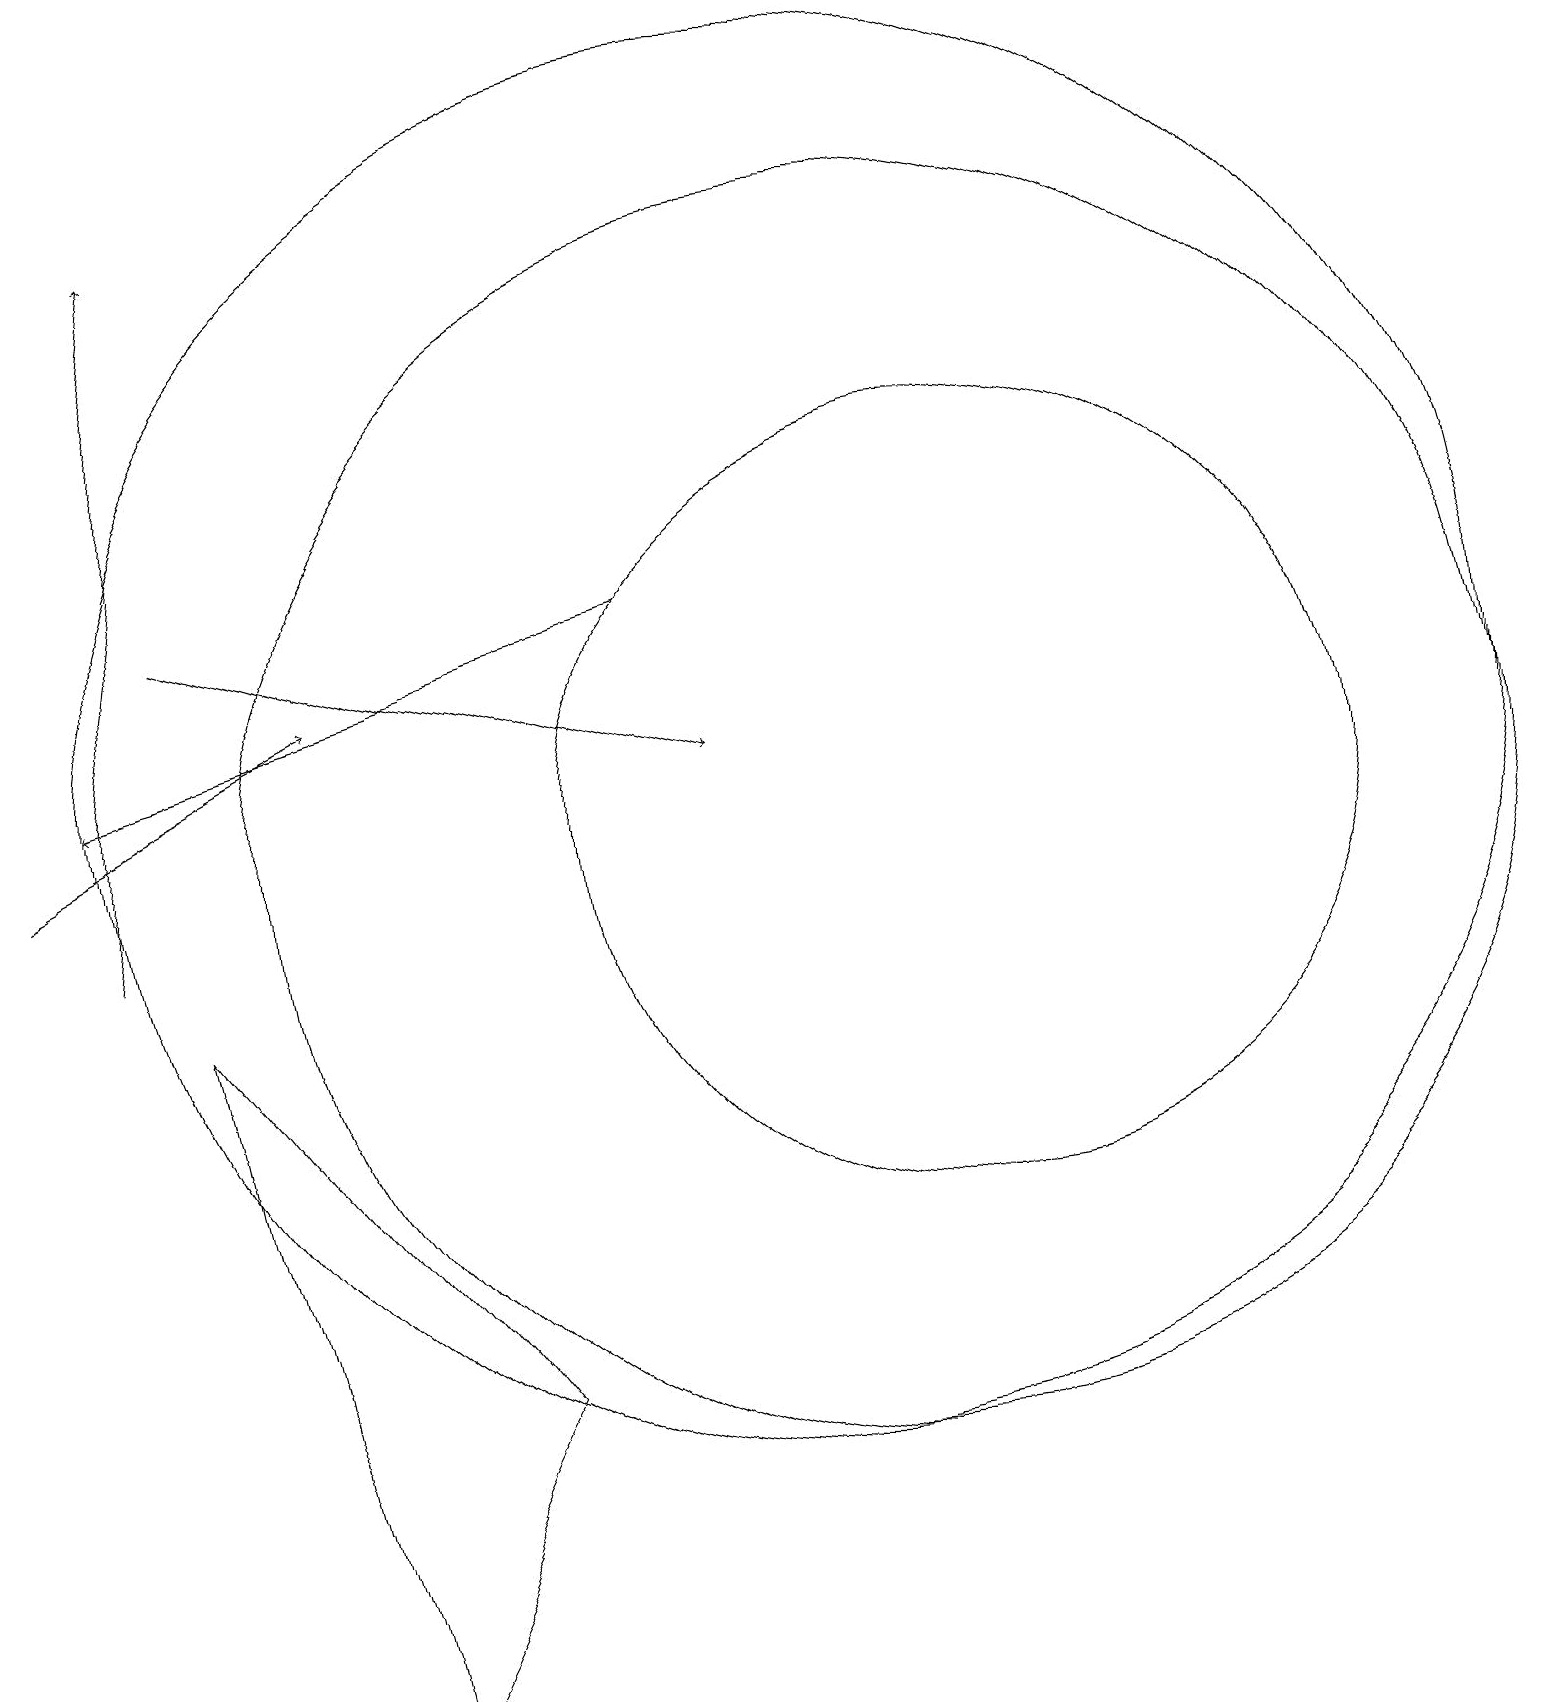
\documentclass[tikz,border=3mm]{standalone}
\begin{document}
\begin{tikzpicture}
\draw (2,9) -- (4,0) -- (6,4) -- cycle;
\draw[->] (8,14) -- (1,12);
\draw[->] (0,11) -- (4,13);
\draw[->] (1,10) -- (2,19);
\draw[->] (2,14) -- (9,12);
\draw (11,11) circle (8);
\draw (12,11) circle (5);
\draw (10,12) circle (9);
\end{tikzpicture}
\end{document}